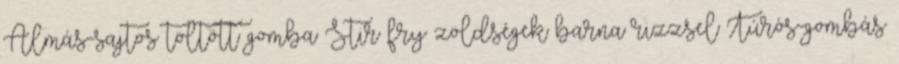
Almás-sajtos töltött gomba Stir fry zöldségek barna rizzsel Túrós-gombás